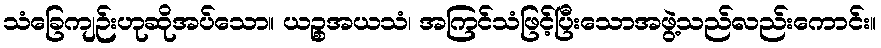
သံခြေကျဉ်းဟုဆိုအပ်သော။ ယဉ္စအယသံ၊ အကြင်သံဖြင့်ပြီးသောအဖွဲ့သည်လည်းကောင်း။